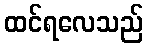
ထင်ရလေသည်